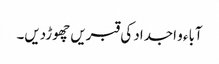
آباء و اجداد کی قبریں چھوڑدیں۔